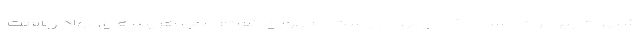
شبهات پیرامون حساب خاص نهاد ریاست جمهوری گفت: محل هزینه‌های نهاد ریاست